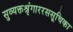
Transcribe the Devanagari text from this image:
सुव्यक्तश्रृंगाररससूचिका